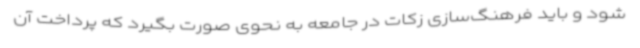
شود و باید فرهنگ‌سازی زکات در جامعه به نحوی صورت بگیرد که پرداخت آن